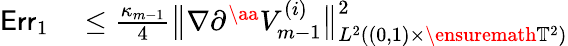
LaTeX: \begin{array}{rl}{\mathsf{Err}_{1}}&{{}\leq\frac{\kappa_{m-1}}{4}\bigl\| \nabla\partial^{\aa}V_{m-1}^{(i)}\bigr\| _{L^{2}((0,1)\times\ensuremath{\mathbb{T}}^{2})}^{2}}\end{array}